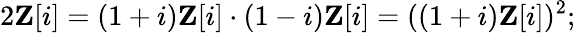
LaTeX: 2\mathbf{Z}[i]=(1+i)\mathbf{Z}[i]\cdot(1-i)\mathbf{Z}[i]=((1+i)\mathbf{Z}[i])^{2};